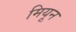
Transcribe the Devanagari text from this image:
मियून